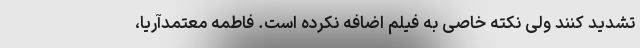
تشدید کنند ولی نکته خاصی به فیلم اضافه نکرده است. فاطمه معتمدآریا،